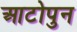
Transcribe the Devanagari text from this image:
आटोपुन